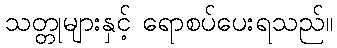
သတ္တုများနှင့် ရောစပ်ပေးရသည်။